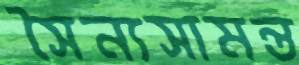
সৈন্যসামন্ত